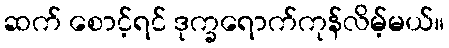
ဆက် စောင့်ရင် ဒုက္ခရောက်ကုန်လိမ့်မယ်။